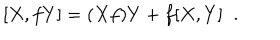
[ X , f Y ] = ( X f ) Y + f [ X , Y ] \; \; .